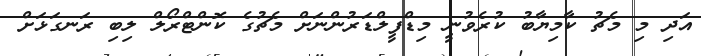
އަދި މި މެޗު ކާމިޔާބު ކުރެވުނީ މިޑްފީލްޑަރުންނަށް މެޗުގެ ކޮންޓްރޯލް ލިބި ރަނގަޅަށް